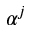
\alpha ^ { j }